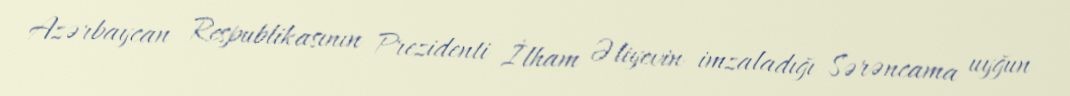
Azərbaycan Respublikasının Prezidenti İlham Əliyevin imzaladığı Sərəncama uyğun